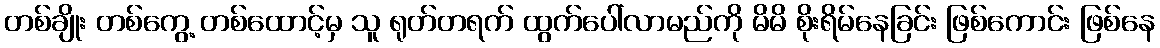
တစ်ချိုး တစ်ကွေ့ တစ်ထောင့်မှ သူ ရုတ်တရက် ထွက်ပေါ်လာမည်ကို မိမိ စိုးရိမ်နေခြင်း ဖြစ်ကောင်း ဖြစ်နေ